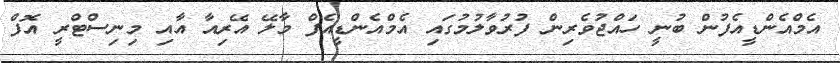
އެމްއެންޑީއެފުން ބުނީ ހައްޖުވެރިން ފުރުވާލުމުގައި އެމްއެންޑީއެފް މާލޭ އޭރިއާ އާއި މިނިސްޓްރީ އޮފް